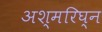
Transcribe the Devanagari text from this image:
अश्मरिघ्न